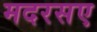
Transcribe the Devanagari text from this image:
मदरसए